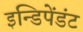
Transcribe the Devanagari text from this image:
इन्डिपेंडंट